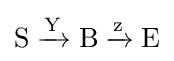
{{\text{S}}{}\mathrel {\xrightarrow {\text{Y}} } {}{\text{B}}{}\mathrel {\xrightarrow {\text{z}} } {}{\text{E}}}